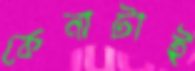
কেনাটাই